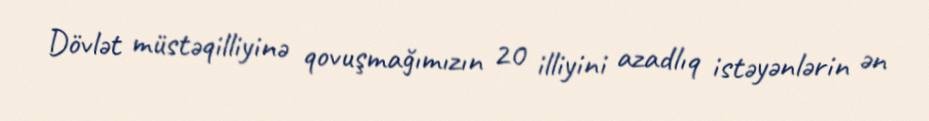
Dövlət müstəqilliyinə qovuşmağımızın 20 illiyini azadlıq istəyənlərin ən